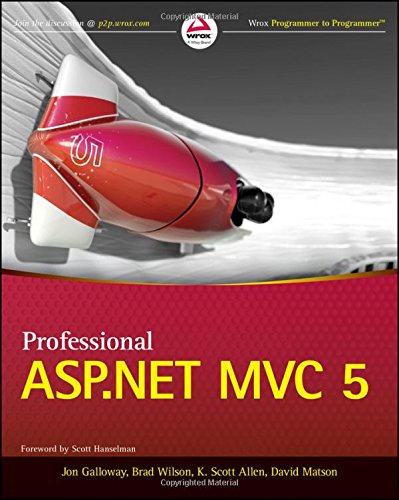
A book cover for Professional ASP.NET MVC 5; Jon Galloway; Computers & Technology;